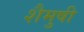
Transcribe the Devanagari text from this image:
शैमुषी